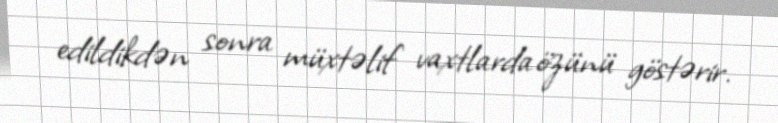
edildikdən sonra müxtəlif vaxtlarda özünü göstərir.